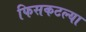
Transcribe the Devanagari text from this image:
फिसकटल्या